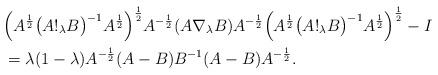
LaTeX: \begin{align*}&\Big(A^{\frac{1}{2}}\big(A!_\lambda B\big)^{-1}A^{\frac{1}{2}}\Big)^{\frac{1}{2}}A^{-\frac{1}{2}}(A\nabla_\lambda B)A^{-\frac{1}{2}}\Big(A^{\frac{1}{2}}\big(A!_\lambda B\big)^{-1}A^{\frac{1}{2}}\Big)^{\frac{1}{2}}-I\\&=\lambda(1-\lambda)A^{-\frac{1}{2}}(A-B)B^{-1}(A-B)A^{-\frac{1}{2}}.\end{align*}